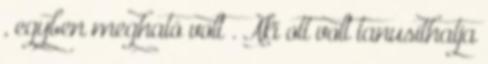
, egyben megható volt . Aki ott volt tanusíthatja